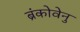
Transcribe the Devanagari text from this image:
ब्रंकोवेनु